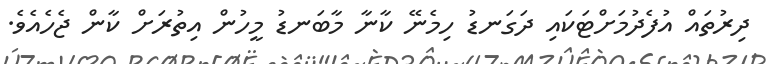
ދިރުތައް އުފެދުމަށްޓަކައި ދަގަނޑު ހިމެނޭ ކާނާ މާބަނޑު މީހުން އިތުރަށް ކާން ޖެހެއެވެ.